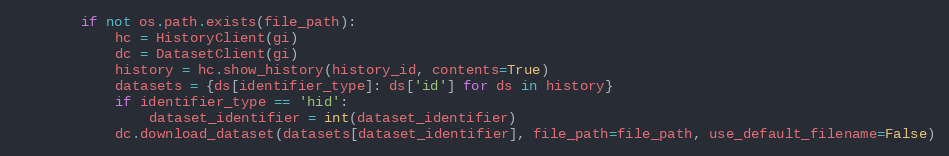
Language: Python
        if not os.path.exists(file_path):
            hc = HistoryClient(gi)
            dc = DatasetClient(gi)
            history = hc.show_history(history_id, contents=True)
            datasets = {ds[identifier_type]: ds['id'] for ds in history}
            if identifier_type == 'hid':
                dataset_identifier = int(dataset_identifier)
            dc.download_dataset(datasets[dataset_identifier], file_path=file_path, use_default_filename=False)